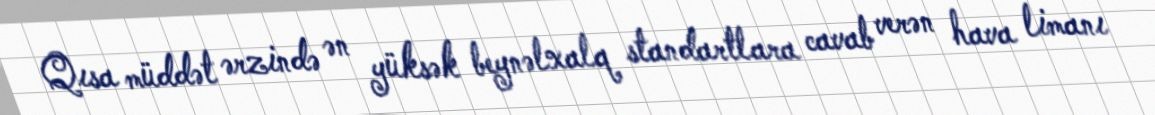
Qısa müddət ərzində ən yüksək beynəlxalq standartlara cavab verən hava limanı